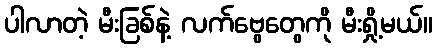
ပါလာတဲ့ မီးခြစ်နဲ့ လက်ဗွေတွေကို မီးရှို့မယ်။